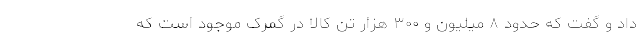
داد و گفت که حدود ۸ میلیون و ۳۰۰ هزار تن کالا در گمرک موجود است که